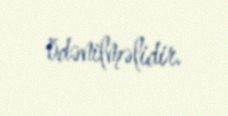
ödənilməlidir.